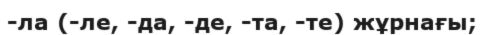
-ла (-ле, -да, -де, -та, -те) жұрнағы;